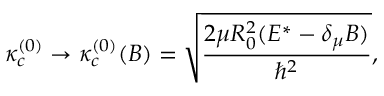
\kappa _ { c } ^ { ( 0 ) } \rightarrow \kappa _ { c } ^ { ( 0 ) } ( B ) = \sqrt { \frac { 2 \mu R _ { 0 } ^ { 2 } ( E ^ { * } - \delta _ { \mu } B ) } { \hbar ^ { 2 } } } ,